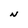
Character: N